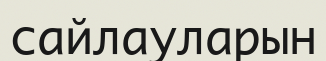
сайлауларын